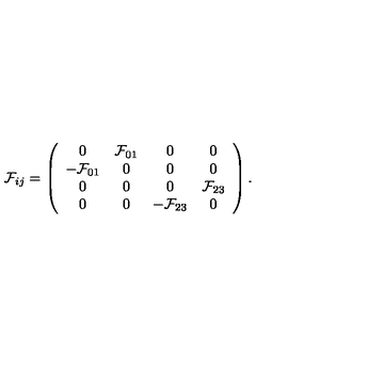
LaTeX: { \cal F } _ { i j } = \left( \begin{array} { c c c c } { 0 } & { { \cal F } _ { 0 1 } } & { 0 } & { 0 } \\ { - { \cal F } _ { 0 1 } } & { 0 } & { 0 } & { 0 } \\ { 0 } & { 0 } & { 0 } & { { \cal F } _ { 2 3 } } \\ { 0 } & { 0 } & { - { \cal F } _ { 2 3 } } & { 0 } \\ \end{array} \right) .